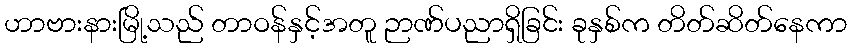
ဟာဗားနားမြို့သည် တာဝန်နှင့်အတူ ဉာဏ်ပညာရှိခြင်း ခုနှစ်က တိတ်ဆိတ်နေကာ